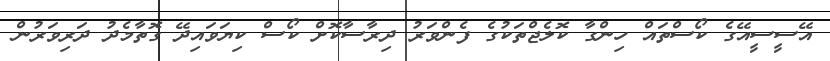
އޭސީސީއޭގެ ކޯސްތައް ހިންގާ ކޮލެޖްތަކުގެ ފެންވަރު ދިރާސާކޮށް ކޯސް ކިޔަވައިދޭ ގޮތާމެދު ދަރިވަރުން